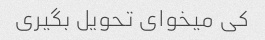
کی میخوای تحویل بگیری